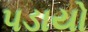
પડાયો